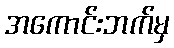
အကောင်းဘက်မှ